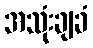
အသုံးချခံ